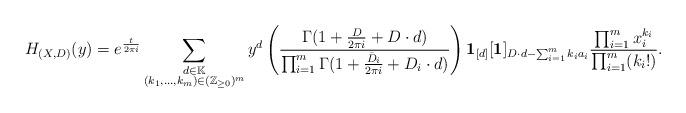
LaTeX: \begin{align*}H_{(X,D)}(y)=e^{\frac{t}{2\pi i}}\sum_{\substack{d\in\mathbb K\\ (k_1,\ldots,k_m)\in (\mathbb Z_{\geq 0})^m}}y^d\left(\frac{\Gamma (1+\frac{D}{2\pi i}+D\cdot d)}{\prod_{i=1}^m\Gamma (1+\frac{\bar D_i}{2\pi i}+D_i\cdot d)}\right)\textbf{1}_{[d]}[\textbf{1}]_{D\cdot d-\sum_{i=1}^mk_ia_i}\frac{\prod_{i=1}^m x_i^{k_i}}{\prod_{i=1}^m(k_i!)}.\end{align*}